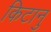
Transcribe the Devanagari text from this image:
किटानु